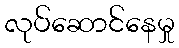
လုပ်ဆောင်နေမှု